King Institute of Preventive Medicine Micro-Biological Section reports 1912-19
Year: 1912
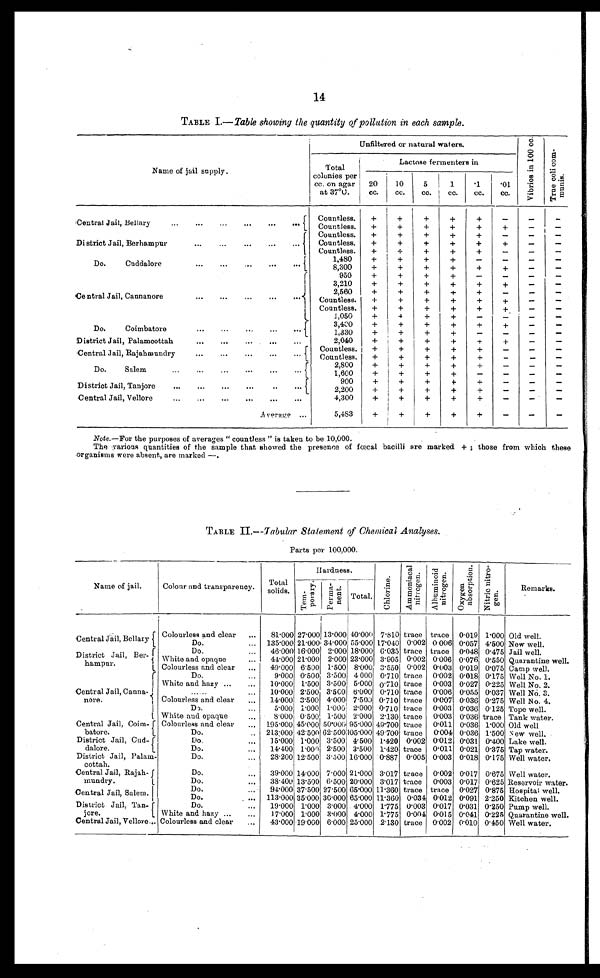
14
TABLE I.— Table showing the quantity of pollution in each sample.
Name of jail supply.
Unfiltered or natural waters.
V i b r i o s i n 1 0 0 c c .
T r u e C o l i C o mmu n i s .
Total
colonies per
cc. on agar
at 37°0.
Lactose fermenters in
20
cc.
10
cc.
5 cc. 1 c c .
·1
cc.
·01
cc.
Central Jail, Bellary
Countless.
+
+
+
+
+
-
-
-
Countless.
+
+
+
+
+
+
-
-
District Jail, Berhampur
Countless.
+
+ +
+
+
-
-
-
Countless.
+
+ +
+
+
+
-
-
Countless.
+
+ +
+
+
-
-
-
Do. Cuddalore
1,480
+
+
+
+
-
-
-
-
8,300
+
+
+
+
+
+
- -
Ce ntral Jail, Cannanore
950
+
+
+
+
-
-
-
-
3,210
+
+
+
+
+
+
-
-
2,560
+
+
+
+
+
-
-
-
Countless.
+
+
+
+
+
+
- -
Countless.
+
+
+
+
+
+
-
-
1,050
+
+
+
+
-
-
-
-
Do. Coimbatore
3,400
+
+
+
+
+
+
-
-
1,330
+
+
+
+
-
-
-
-
District Jail, Palamcottah
2,040
+
+
+
+
+
+
-
-
Central Jail, Rajahmundry
Countless.
+
+
+
+
+
-
-
-
Countless.
+
+
+
+
+
- - -
Do. Salem
2,800
+
+
+
+
+
-
-
-
1,60 0
+
+
+
+
-
-
-
-
District Jail, Tanjore
900
+
+
+
+
+
-
-
-
2,200
+
+
+
+
+
-
-
-
Central Jail, Vellore
4,300
+
+
+
+
+
-
-
A verage
5,483
+
+
+
+
+
-
-
-
Note.—For the purposes of averages "countless" is taken to be 10,000.
The . various quantities of the sample that showed the presence of fcecal bacilli are marked +; those from which these
organisms were absent, are marked –.
TABLE II.—Tabular Statement of Chemical Analyses.
Parts per 100,000.
Name of jail.
Colour and transparency.
Total
solids.
Hardness.
Chl or i ne.
Ammoni a c a l ni t r oge n. Al bumi noi d ni t r ogen.
Oxyge n a bs or pt i on.
Nitric nitrogen.
Remarks.
Temporary. Pe r ma ne nt .
Total.
Central Jail, Bellary
Colourless and clear
81·000 27·000 13·000 40·000 7·810 trace trace 0·019 1·000 Old well.
Do.
135·000 21·000 34·000 55·000 17·040 0·002 0·006 0·057 4·500 New well.
District Jail, Ber
hampnr.
Do.
46·000 16·000 2·000 18·000 6·035 trace trace 0·048 0·475 Jail well.
White an opaque
44·000 21·000 2·000 23·000 3·905 0·002 0·006 0·076 0·550 Quarantine well.
Colourless and clear
49·000 6·500 1·500 8·000 3·550 0·002 0·003 0·019 0·075 Camp well.
Central Jail, Canna
nore.
Do.
9·000 0·500 3·500 4·000 0·710 trace 0·002 0·018 0·175 Well No. 1.
White and hazy
10·000 1·500 3·500 5·000 0·710 trace
0·003 0·027 0·225 Well No. 2.
10·000 2·500 3·5C0 6·000 0·710 trace 0·006 0·055 0·037 Well No. 3.
Colourless and clear
14·000 3·500 4·000 7·500 0·710 trace 0·007 0·036 0·275 Well No. 4.
Do.
5·000 1·000 1·000 2·000 0·710 trace 0·003 0·036 0·125 Tope well.
White and opaque
8·000 0·500 1·500 2·000 2·130 trace 0·003 0·036 trace Tank water.
Central Jail, Coim
batore.
Colourless and clear
195·000 45·000 50·000 95·000 49·700 trace
0·011 0·036 1·000 Old well.
Do.
213·000 42·500 62·500
1 0 5 · 0 0 0 49·700 trace
0·004 0·036 1·500 New well.
District Jail, Cud
dalore.
Do.
15·000 1·000 3·500 4·500 1·420 0·002 0·012 0·031 0·400 Lake well.
Do.
14·400 1·000 2·500 3·500 1·420 trace
0·011 0·021 0·375 Tap water.
District Jail, Palam-
cottah.
Do.
28·200 12·500 3·500 16·000 0·887 0·005 0·003 0·018 0·175 Well water,
Central Jail, Rajah-
mundry.
Do.
39·000 14·000 7·000 21 .000 3·017 trace 0·002 0·017 0·675 Well water.
Do.
38·400 13·500 6·500 20·000 3·017 trace
0·003 0·017 0·625 Reservoir water.
Central Jail Salem.
Do.
94·000 37·500 27·500 65·000 11·360 trace trace 0·027 0·875 Hospital well.
Do.
113·000 35·000 30·000 65·000 11·360 0·034 0·012 0·091 2·250 Kitchen well.
District Jail, Tan-
jore.
Do.
19·000 1·000 3·000 4·000 1·775 0·003 0·017 0·031 0·250 Pump well.
White and hazy
17·000 1·000 3·000 4·000 1·775 0·004 0·015 0·041 0·225 Quarantine well.
Central Jail, Vellore
Colourless and clear
43·000 19·000 6·000 25·000 2·130 trace 0·002 0·010 0·450 Well water.